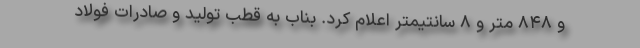
و ۸۴۸ متر و ۸ سانتیمتر اعلام کرد. بناب به قطب تولید و صادرات فولاد